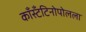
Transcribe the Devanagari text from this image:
काँस्टँटिनोपोलला